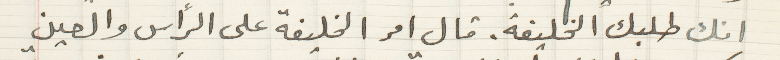
انك طلبك الخليفة. قال امر الخليفة على الرأس والعين